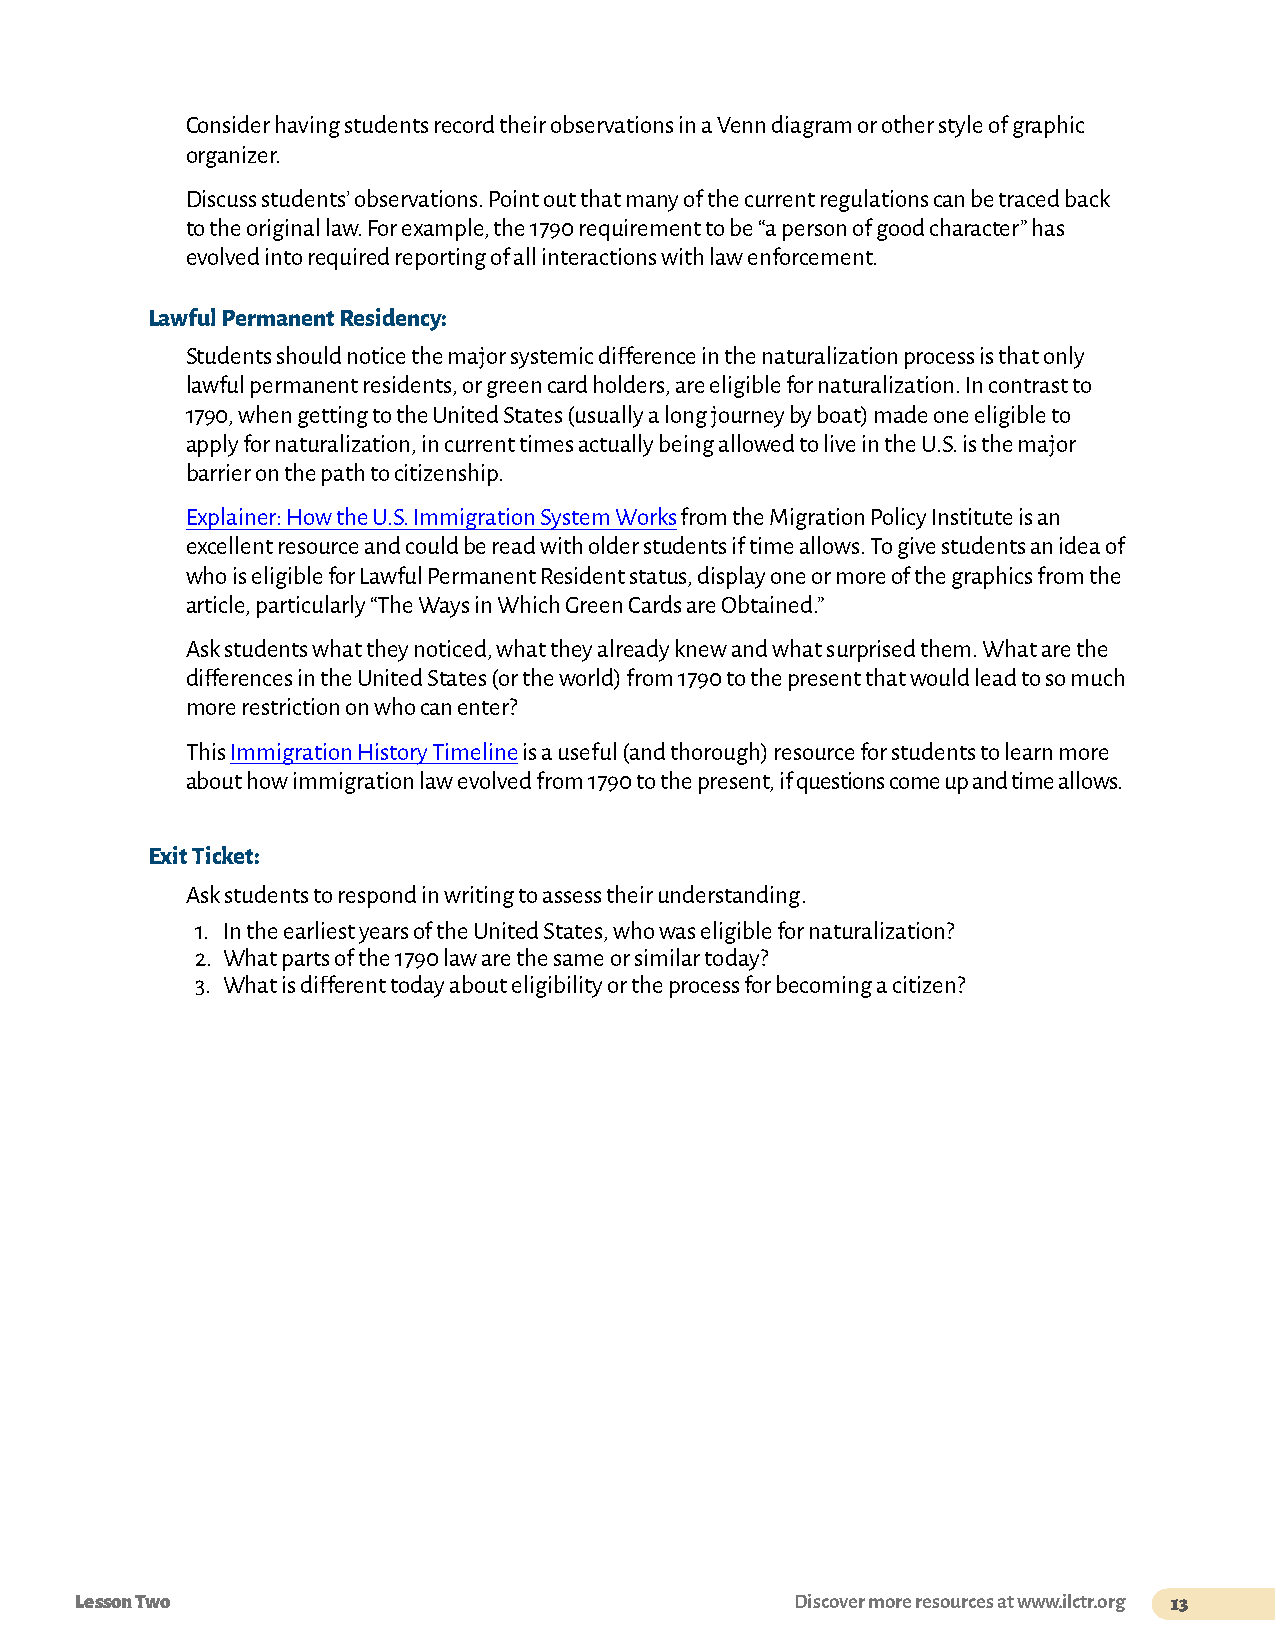
Consider having students record their observations in a Venn diagram or other style of graphic
 organizer.
 Discuss students’ observations. Point out that many of the current regulations can be traced back
 to the original law. For example, the 1790 requirement to be “a person of good character” has
 evolved into required reporting of all interactions with law enforcement.
 Lawful Permanent Residency:
 Students should notice the major systemic difference in the naturalization process is that only
 lawful permanent residents, or green card holders, are eligible for naturalization. In contrast to
 1790, when getting to the United States (usually a long journey by boat) made one eligible to
 apply for naturalization, in current times actually being allowed to live in the U.S. is the major
 barrier on the path to citizenship.
 Explainer: How the U.S. Immigration System Works from the Migration Policy Institute is an
 excellent resource and could be read with older students if time allows. To give students an idea of
 who is eligible for Lawful Permanent Resident status, display one or more of the graphics from the
 article, particularly “The Ways in Which Green Cards are Obtained.”
 Ask students what they noticed, what they already knew and what surprised them. What are the
 differences in the United States (or the world) from 1790 to the present that would lead to so much
 more restriction on who can enter?
 This Immigration History Timeline is a useful (and thorough) resource for students to learn more
 about how immigration law evolved from 1790 to the present, if questions come up and time allows.
 Exit Ticket:
 Ask students to respond in writing to assess their understanding.
 1. In the earliest years of the United States, who was eligible for naturalization?
 2. What parts of the 1790 law are the same or similar today?
 3. What is different today about eligibility or the process for becoming a citizen?
 Lesson Two                                      Discover more resources at www.ilctr.org 13